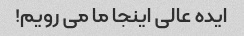
ایده عالی اینجا ما می رویم!